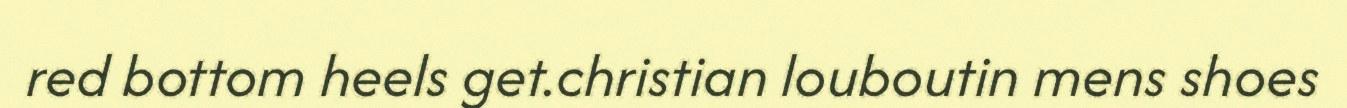
red bottom heels get.christian louboutin mens shoes